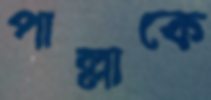
পাল্লাকে